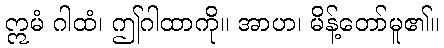
ဣမံ ဂါထံ၊ ဤဂါထာကို။ အာဟ၊ မိန့်တော်မူ၏။